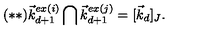
( * * ) \vec { k } _ { d + 1 } ^ { e x ( i ) } \bigcap \vec { k } _ { d + 1 } ^ { e x ( j ) } = [ \vec { k } _ { d } ] _ { J } .